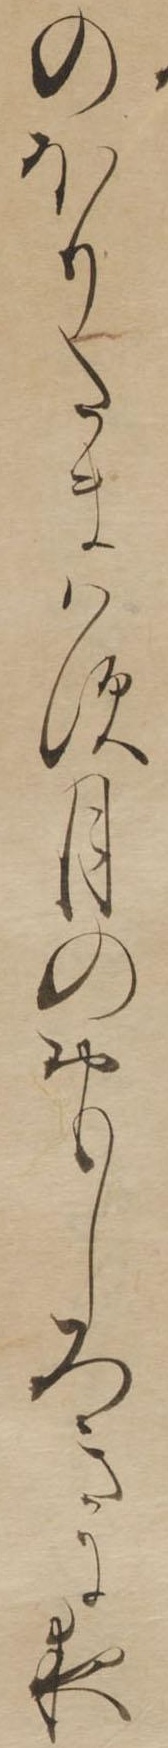
のほりたまはす月のおもしろきに夜